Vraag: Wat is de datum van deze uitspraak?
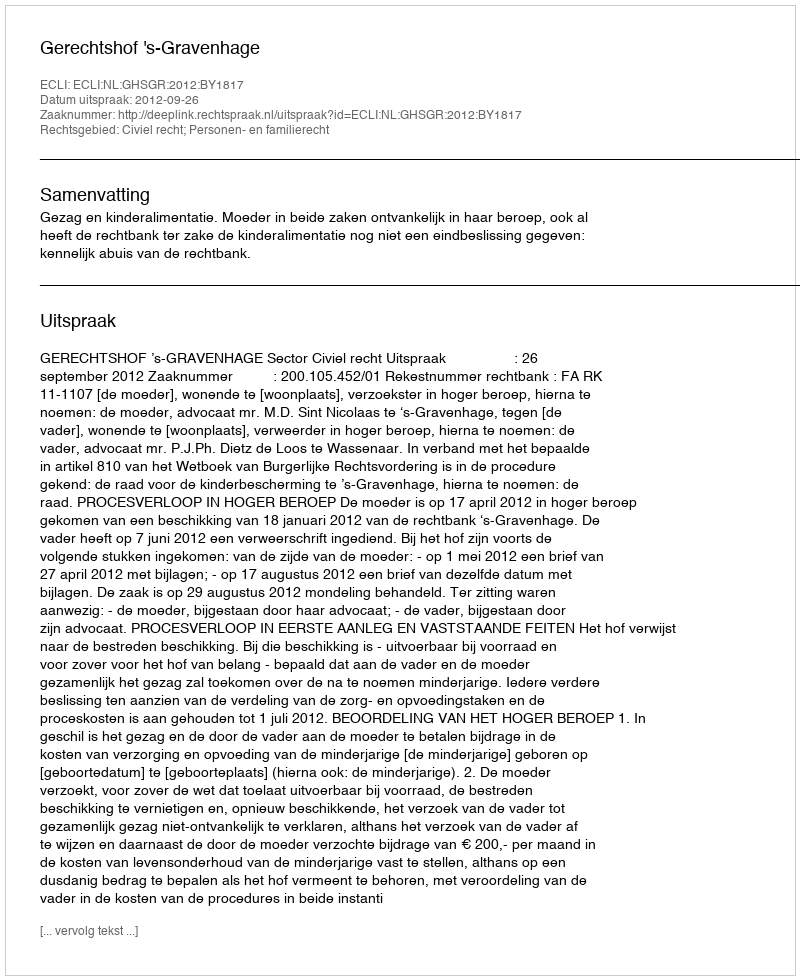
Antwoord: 2012-09-26